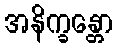
အနိက္ခန္တော